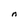
Character: n